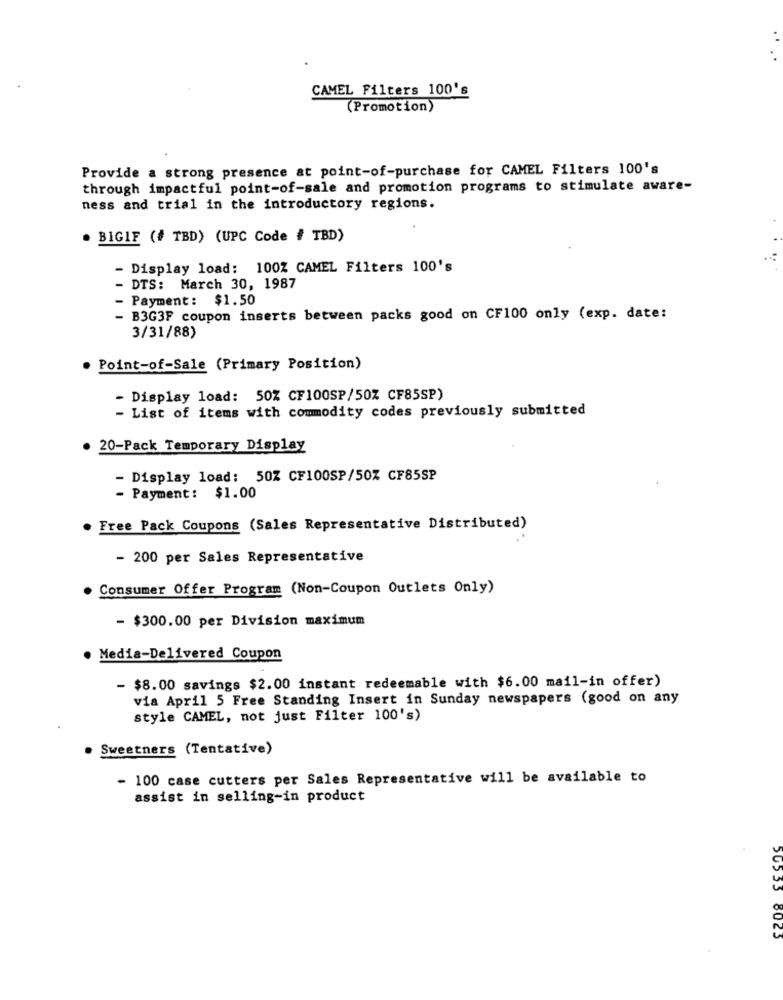
CAMEL Filters 100's
(Promotion)
Provide a strong presence at point-of-purchase for CAMEL Filters 100's
through impactful point-of-sale and promotion programs to stimulate aware-
ness and trial in the introductory regions.
. BIGIF (# TBD) (UPC Code # TBD)
- Display load: 100% CAMEL Filters 100's
DTS: March 30, 1987
- Payment: $1.50
- B3G3F coupon inserts between packs good on CF100 only (exp. date:
3/31/88)
Point-of-Sale (Primary Position)
- Display load: 50% CF100SP/50% CF85SP)
- List of items with commodity codes previously submitted
20-Pack Temporary Display
- Display load: 50% CF100SP/50% CF85SP
- Payment: $1.00
. Free Pack Coupons (Sales Representative Distributed)
- 200 per Sales Representative
Consumer Offer Program (Non-Coupon Outlets Only)
- $300.00 per Division maximum
Media-Delivered Coupon
- $8.00 savings $2.00 instant redeemable with $6.00 mail-in offer)
via April 5 Free Standing Insert in Sunday newspapers (good on any
style CAMEL, not just Filter 100's)
Sweetners (Tentative)
- 100 case cutters per Sales Representative will be available to
assist in selling-in product
50553 8023